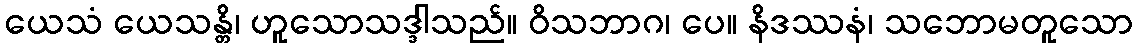
ယေသံ ယေသန္တိ၊ ဟူသောသဒ္ဒါသည်။ ဝိသဘာဂ၊ ပေ။ နိဒဿနံ၊ သဘောမတူသော